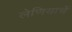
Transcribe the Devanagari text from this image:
लेणियाचें